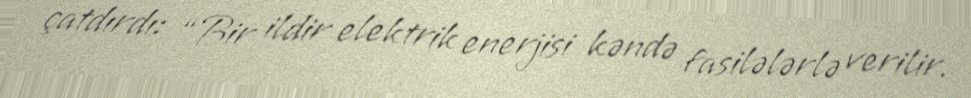
çatdırdı: “Bir ildir elektrik enerjisi kəndə fasilələrlə verilir.